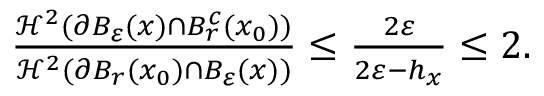
\begin{array} { r } { \frac { \mathcal { H } ^ { 2 } ( \partial B _ { \varepsilon } ( x ) \cap B _ { r } ^ { c } ( x _ { 0 } ) ) } { \mathcal { H } ^ { 2 } ( \partial B _ { r } ( x _ { 0 } ) \cap B _ { \varepsilon } ( x ) ) } \leq \frac { 2 \varepsilon } { 2 \varepsilon - h _ { x } } \leq 2 . } \end{array}